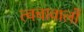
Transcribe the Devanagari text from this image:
त्वचावालों